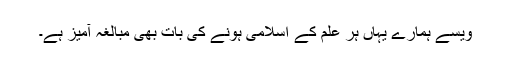
ویسے ہمارے یہاں ہر علم کے اسلامی ہونے کی بات بھی مبالغہ آمیز ہے۔